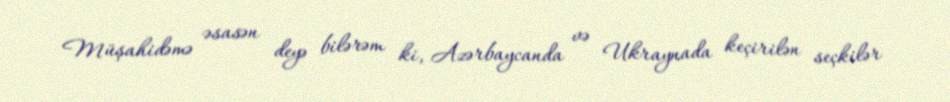
Müşahidəmə əsasən deyə bilərəm ki, Azərbaycanda və Ukraynada keçirilən seçkilər